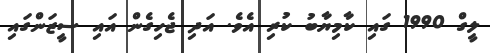
ލީގް 1990 ގައި ކާމިޔާބު ކުރި އެވެ. އަދި ޖެހިގެން އައި ސީޒަންގައި